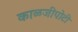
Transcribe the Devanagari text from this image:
काळजीपोटी